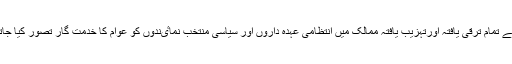
دنیا کے تمام ترقی یافتہ اورتہزیب یافتہ ممالک میں انتظامی عہدہ داروں اور سیاسی منتخب نماٸندوں کو عوام کا خدمت گار تصور کیا جاتا ہے۔